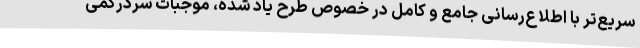
سریع‌تر با اطلاع‌رسانی جامع و کامل در خصوص طرح یاد شده، موجبات سردرگمی